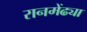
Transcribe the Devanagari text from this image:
रानमेंढ्या